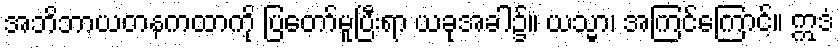
အဘိဘာယတနကထာကို ပြတော်မူပြီးရာ ယခုအခါ၌။ ယသ္မာ၊ အကြင်ကြောင့်။ ဣဒံ